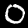
Label: 0